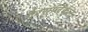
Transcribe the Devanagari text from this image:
गैरसर्जिकल